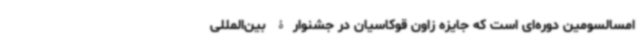
امسالسومین دوره‌ای است که جایزه زاون قوکاسیان در جشنوارۀ بین‌المللی